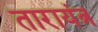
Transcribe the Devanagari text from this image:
तारायंत्र